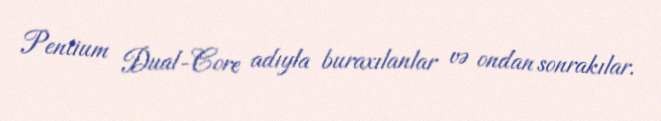
Pentium Dual-Core adıyla buraxılanlar və ondan sonrakılar.